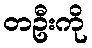
တဦးကို